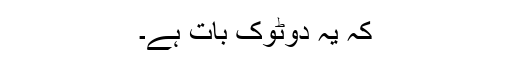
کہ یہ دوٹوک بات ہے۔